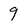
Character: 9